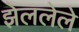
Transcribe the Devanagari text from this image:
झेललेले